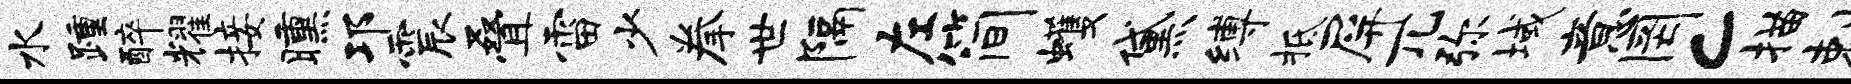
水踵醉耀接曛邛震叠雷少拳世隔左简蠖黛缚柢屏兀弥域意罔c描剌